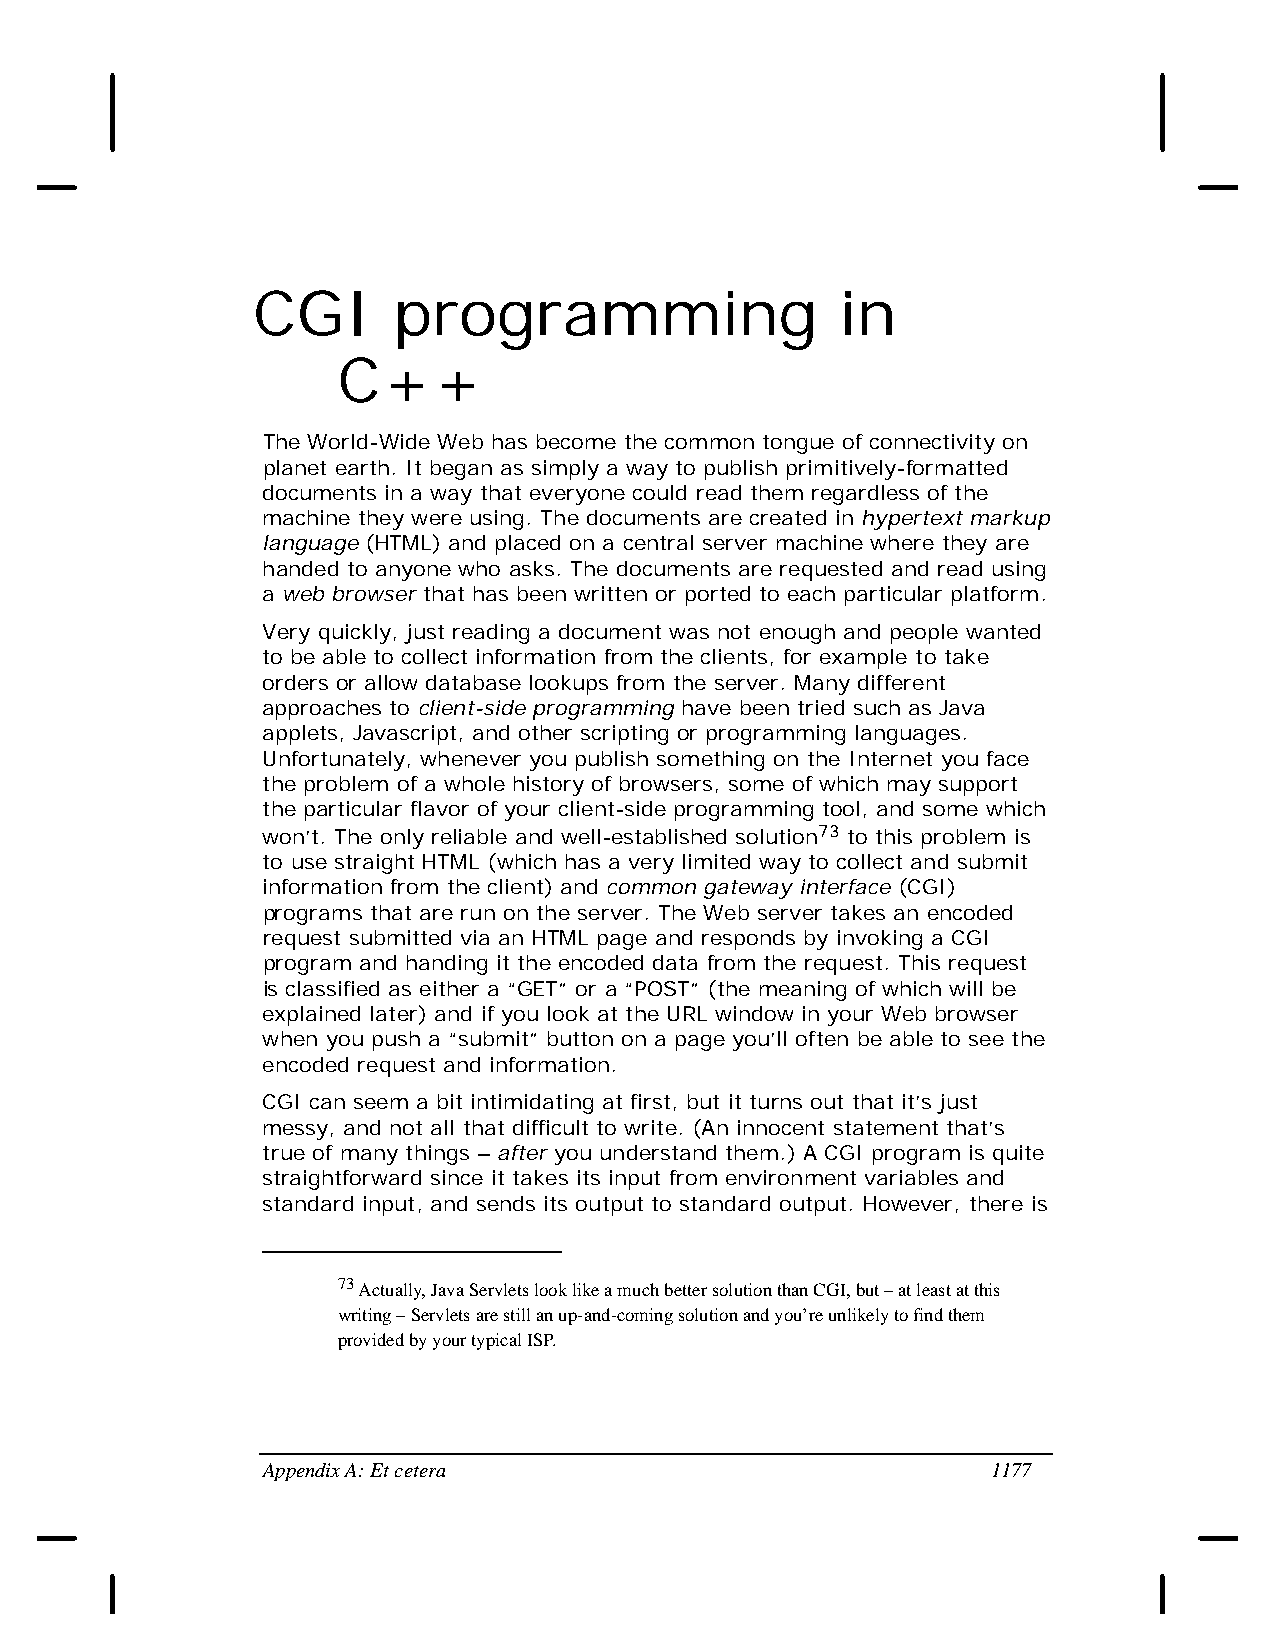
CGI      programming                   in
 C++
 The World-Wide Web has become the common tongue of connectivity on
 planet earth. It began as simply a way to publish primitively-formatted
 documents in a way that everyone could read them regardless of the
 machine they were using. The documents are created in hypertext markup
 language (HTML) and placed on a central server machine where they are
 handed to anyone who asks. The documents are requested and read using
 a web browser that has been written or ported to each particular platform.
 Very quickly, just reading a document was not enough and people wanted
 to be able to collect information from the clients, for example to take
 orders or allow database lookups from the server. Many different
 approaches to client-side programming have been tried such as Java
 applets, Javascript, and other scripting or programming languages.
 Unfortunately, whenever you publish something on the Internet you face
 the problem of a whole history of browsers, some of which may support
 the particular flavor of your client-side programming tool, and some which
 won’t. The only reliable and well-established solution73 to this problem is
 to use straight HTML (which has a very limited way to collect and submit
 information from the client) and common gateway interface (CGI)
 programs that are run on the server. The Web server takes an encoded
 request submitted via an HTML page and responds by invoking a CGI
 program and handing it the encoded data from the request. This request
 is classified as either a “GET” or a “POST” (the meaning of which will be
 explained later) and if you look at the URL window in your Web browser
 when you push a “submit” button on a page you’ll often be able to see the
 encoded request and information.
 CGI can seem a bit intimidating at first, but it turns out that it’s just
 messy, and not all that difficult to write. (An innocent statement that’s
 true of many things – after you understand them.) A CGI program is quite
 straightforward since it takes its input from environment variables and
 standard input, and sends its output to standard output. However, there is
 73 Actually, Java Servlets look like a much better solution than CGI, but – at least at this
 writing – Servlets are still an up-and-coming solution and you’re unlikely to find them
 provided by your typical ISP.
 Appendix A: Et cetera                            1177